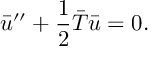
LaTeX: \bar { u } ^ { \prime \prime } + { \frac { 1 } { 2 } } \bar { T } \bar { u } = 0 .